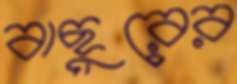
বাছুরের